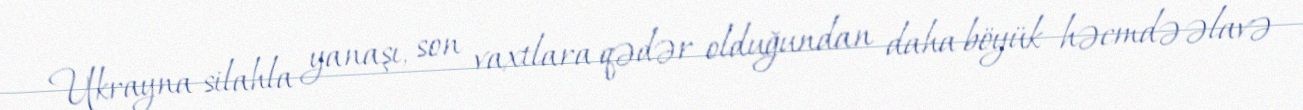
Ukrayna silahla yanaşı, son vaxtlara qədər olduğundan daha böyük həcmdə əlavə